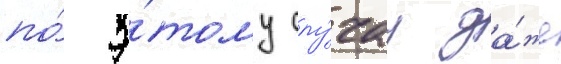
по́ э́тому слу́чау да́же